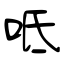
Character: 呧